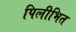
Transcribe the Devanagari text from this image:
पिलीभित